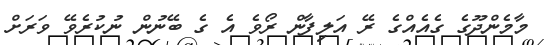
މާމެންދޫގެ ގެއެއްގެ ރޭ އަލިފާން ރޯވެ އެ ގެ ބޭނުން ނުކުރެވޭ ވަރަށް